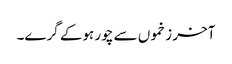
آخر زخموں سے چور ہوکے گرے۔